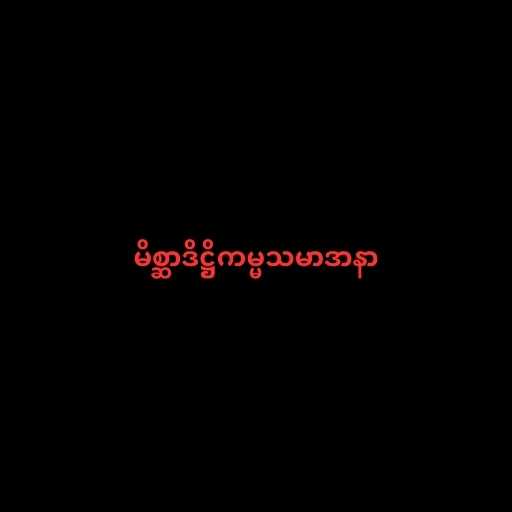
မိစ္ဆာဒိဋ္ဌိကမ္မသမာဒာနာ